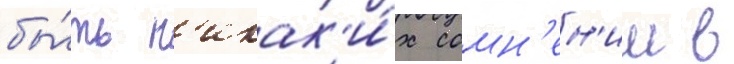
бы́ть н'икак'и́х сомн'ен'ии в